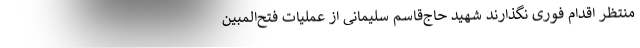
منتظر اقدام فوری نگذارند شهید حاج‌قاسم سلیمانی از عملیات فتح‌المبین